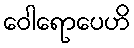
ဝေါရောပေဟိ